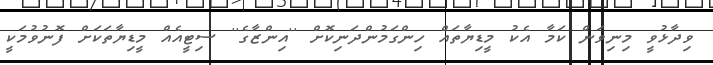
ވިދާޅުވީ މިނިވަން ކަމާ އެކު މީޑިޔާތައް ހިންގަމުންދަނިކޮށް ''އިންޒާގެ'' ސިޓީއެއް މީޑިޔާތަކަށް ފޮނުވުމަކީ